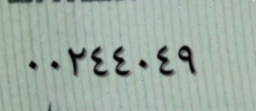
٠٠٢٤٤٠٤٩